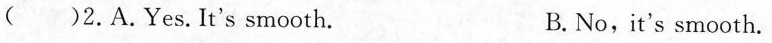
( )2.A.Yes. It's smooth. B.No,it's smooth.